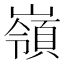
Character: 嶺